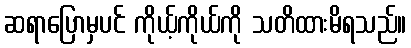
ဆရာပြောမှပင် ကိုယ့်ကိုယ်ကို သတိထားမိရသည်။